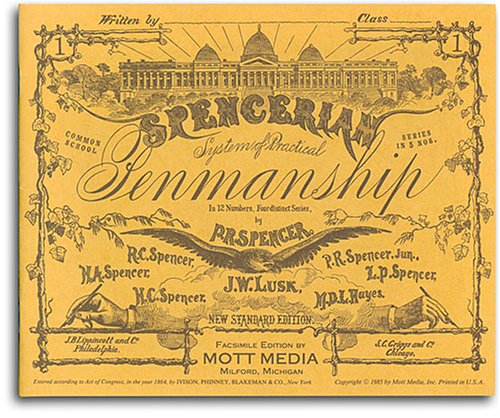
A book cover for Spencerian Penmanship (Copybook #1); Platt Rogers Spencer; Reference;